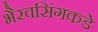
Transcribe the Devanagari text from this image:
भैरवसिंगकडे